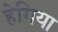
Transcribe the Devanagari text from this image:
हेगिया